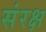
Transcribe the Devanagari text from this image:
संरक्ष